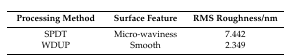
<table><thead><tr><td><b>Processing Method</b></td><td><b>Surface Feature</b></td><td><b>RMS Roughness/nm</b></td></tr></thead><tbody><tr><td>SPDT</td><td>Micro-waviness</td><td>7.442</td></tr><tr><td>WDUP</td><td>Smooth</td><td>2.349</td></tr></tbody></table>